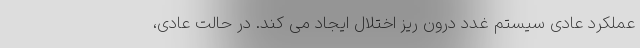
عملکرد عادی سیستم غدد درون ریز اختلال ایجاد می کند. در حالت عادی،